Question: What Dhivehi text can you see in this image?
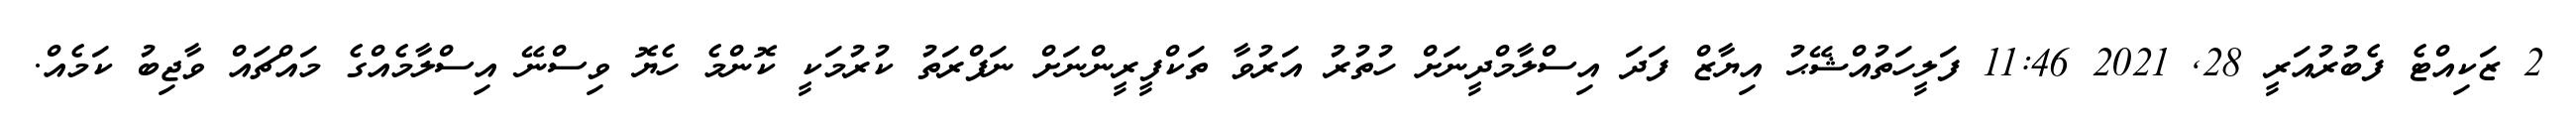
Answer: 2 ޒަކިއްޓެ ފެބުރުއަރީ 28, 2021 11:46 ފަލީހަތުއްޝޭޙު އިޔާޒް ފަދަ އިސްލާމްދީނަށް ހުތުރު އަރުވާ ތަކްފީރީންނަށް ނަފްރަތު ކުރުމަކީ ކޮންމެ ހެޔޮ ވިސްނޭ އިސްލާމެއްގެ މައްޗައް ވާޖިބު ކަމެއް.